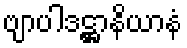
ဗျာပါဒဋ္ဌာနိယာနံ